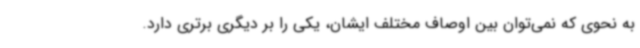
به نحوی که نمی‌توان بین اوصاف مختلف ایشان، یکی را بر دیگری برتری دارد.